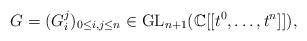
LaTeX: \begin{align*} G=(G_{i}^{j})_{0\leq i,j\leq n}\in \mathrm{GL}_{n+1}(\mathbb{C}[[t^0,\dots,t^n]]),\end{align*}